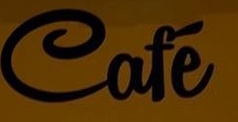
Cafe